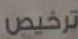
ترخيص